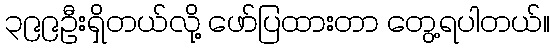
၃၉၉ဦးရှိတယ်လို့ ဖော်ပြထားတာ တွေ့ရပါတယ်။